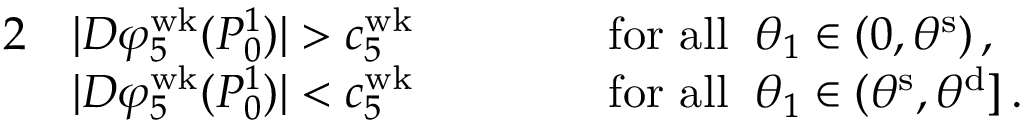
\begin{array} { r l r l } { { 2 } } & { | D \varphi _ { 5 } ^ { \mathrm { w k } } ( P _ { 0 } ^ { 1 } ) | > c _ { 5 } ^ { \mathrm { w k } } \, \qquad } & & { \mathrm { f o r ~ a l l } \; \; \theta _ { 1 } \in ( 0 , \theta ^ { \mathrm { s } } ) \, , } \\ & { | D \varphi _ { 5 } ^ { \mathrm { w k } } ( P _ { 0 } ^ { 1 } ) | < c _ { 5 } ^ { \mathrm { w k } } \, \qquad } & & { \mathrm { f o r ~ a l l } \; \; \theta _ { 1 } \in ( \theta ^ { \mathrm { s } } , \theta ^ { \mathrm { d } } ] \, . } \end{array}